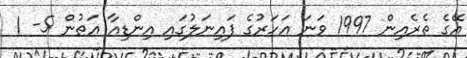
އޭގެ ތެރެއިން 1997 ވަނަ އަހަރުގެ ފައިނަލުގައި އިންޑިއާ އަތުން 5- 1